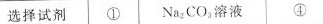
选择试剂 ① \mathrm{Na}_{2} \mathrm{CO}_{3}溶液 ④